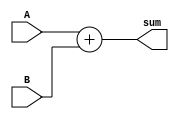
module Adder32(A,B, sum);
input [31:0] A, B;
output [31:0] sum;
    assign sum = A + B;
endmodule